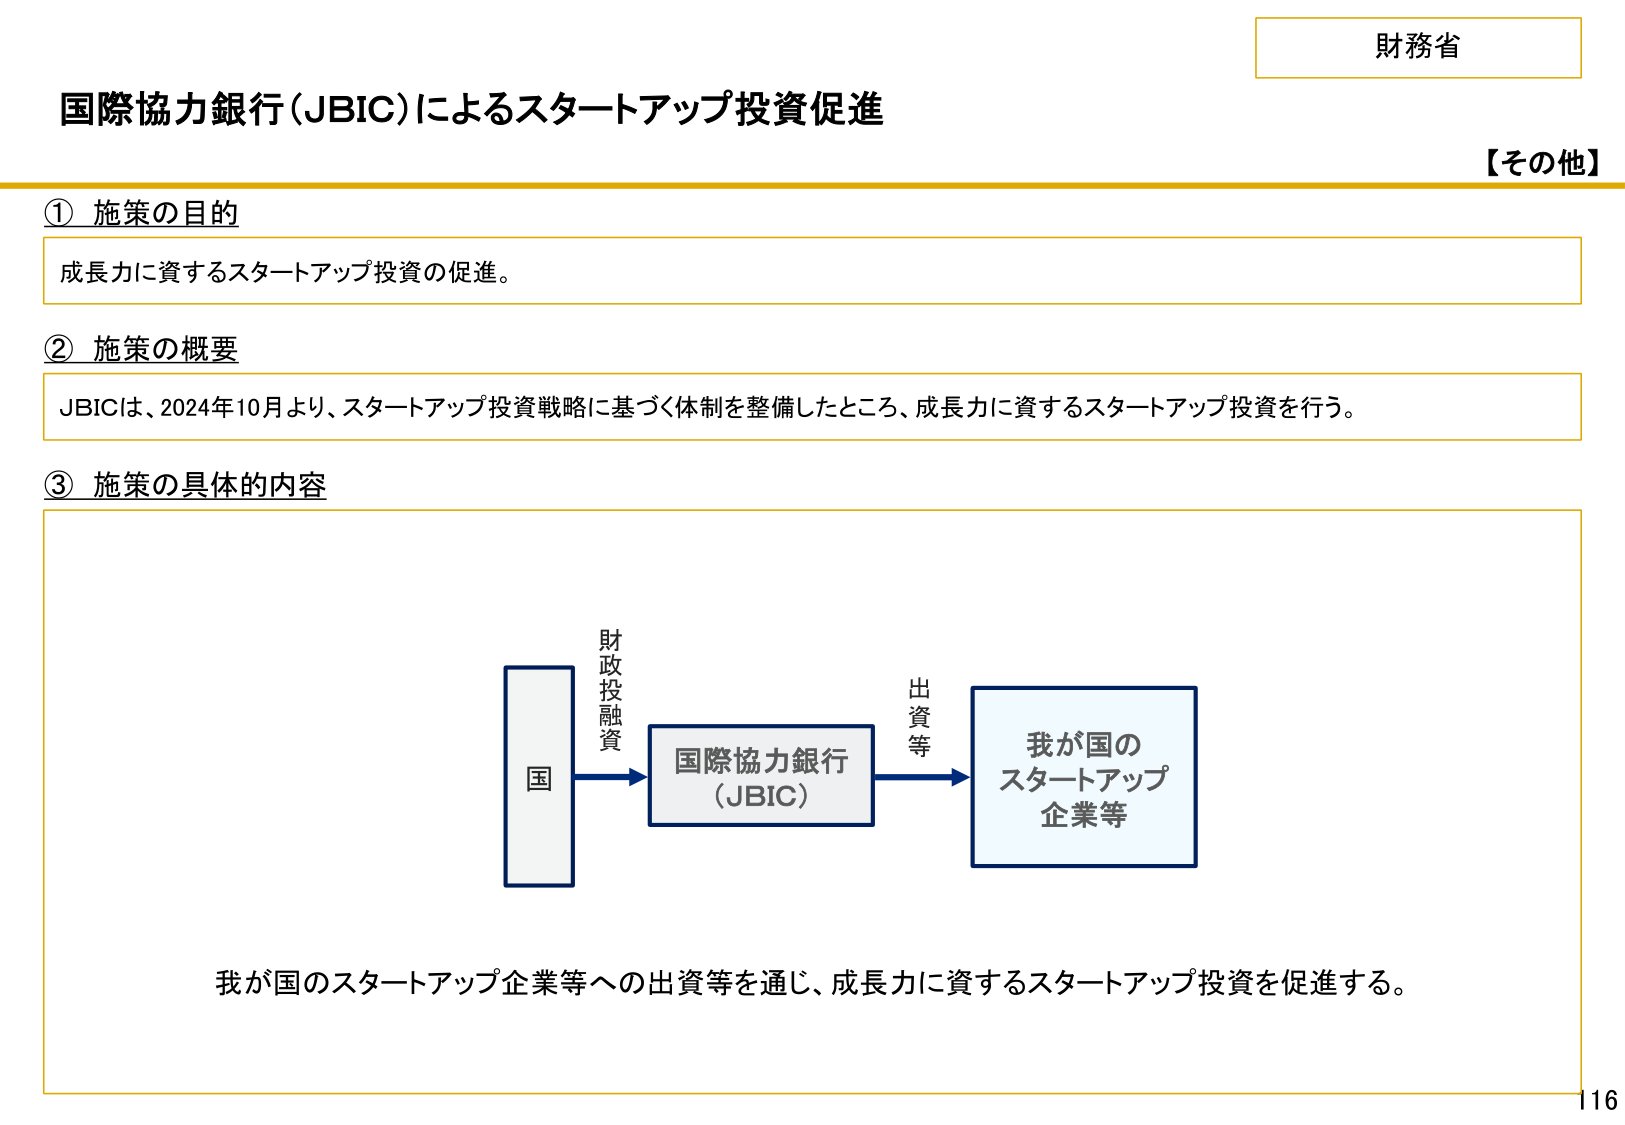
財務省
国際協力銀行（JBIC）によるスタートアップ投資促進
【その他】
① 施策の目的
成長力に資するスタートアップ投資の促進。
② 施策の概要
JBICは、2024年10月より、スタートアップ投資戦略に基づく体制を整備したところ、成長力に資するスタートアップ投資を行う。
③ 施策の具体的な内容
国
財政投融資
国際協力銀行
（JBIC）
出資等
我が国の
スタートアップ
企業等
我が国のスタートアップ企業等への出資等を通じ、成長力に資するスタートアップ投資を促進する。
116